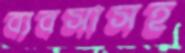
ব্যবসাসহ